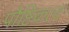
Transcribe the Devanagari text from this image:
पौष्टिकत्व